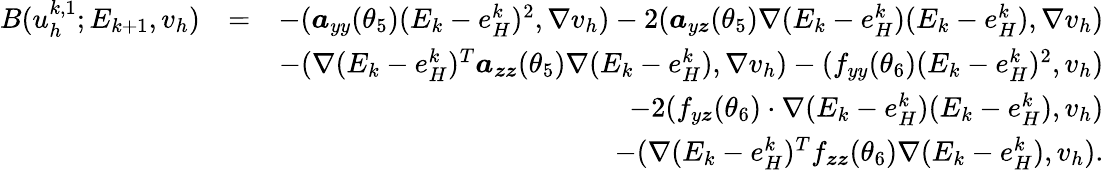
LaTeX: \begin{array}{rlr}{B(u_{h}^{k,1};E_{k+1},v_{h})}&{=}&{-(\boldsymbol{a}_{yy}(\theta_{5})(E_{k}-e_{H}^{k})^{2},\nabla v_{h})-2(\boldsymbol{a}_{y\boldsymbol{z}}(\theta_{5})\nabla(E_{k}-e_{H}^{k})(E_{k}-e_{H}^{k}),\nabla v_{h})}\\ &{}&{-(\nabla(E_{k}-e_{H}^{k})^{T}\boldsymbol{a}_{\boldsymbol{zz}}(\theta_{5})\nabla(E_{k}-e_{H}^{k}),\nabla v_{h})-(f_{yy}(\theta_{6})(E_{k}-e_{H}^{k})^{2},v_{h})}\\ &{}&{-2(f_{y\boldsymbol{z}}(\theta_{6})\cdot\nabla(E_{k}-e_{H}^{k})(E_{k}-e_{H}^{k}),v_{h})}\\ &{}&{-(\nabla(E_{k}-e_{H}^{k})^{T}f_{\boldsymbol{zz}}(\theta_{6})\nabla(E_{k}-e_{H}^{k}),v_{h}).}\end{array}